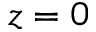
z = 0